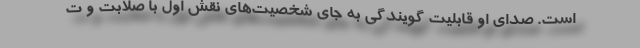
است. صدای او قابلیت گویندگی به جای شخصیت‌های نقش اول با صلابت و ت